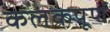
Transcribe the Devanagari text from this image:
कलंकपूर्ण